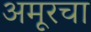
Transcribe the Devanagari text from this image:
अमूरचा